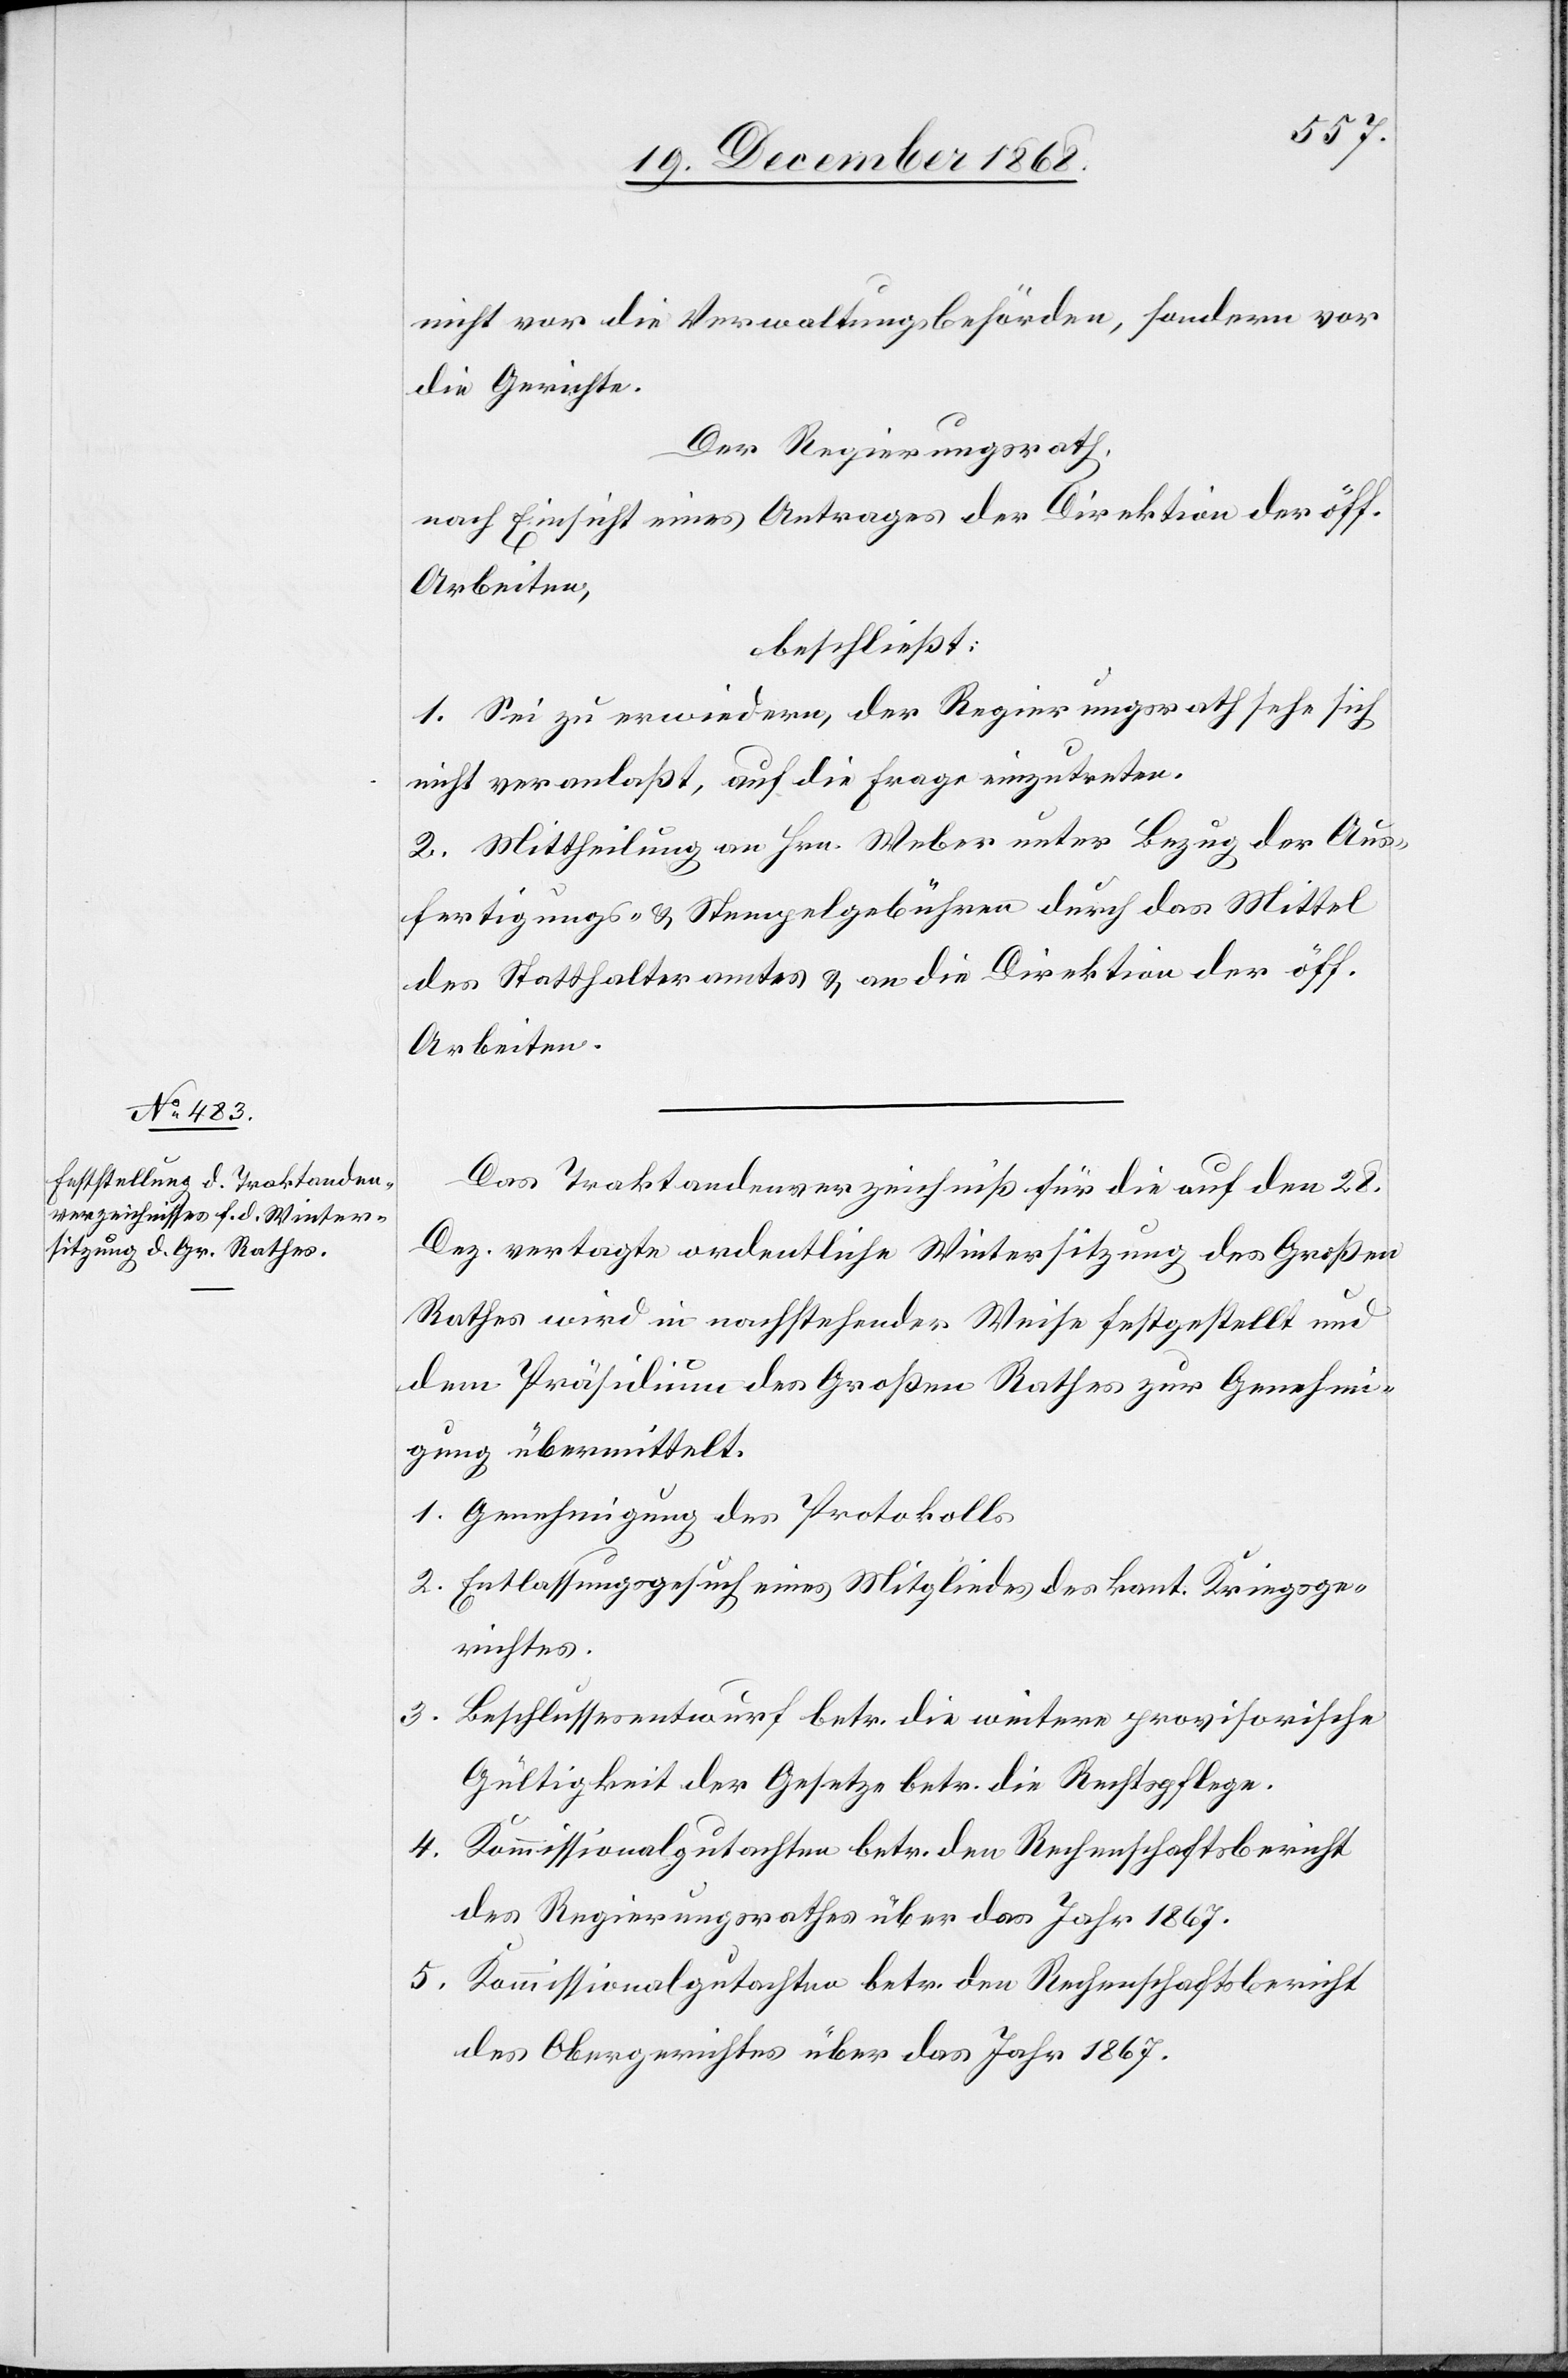
nicht vor die Verwaltungsbehörden, sondern vor
die Gerichte.
Der Regierungsrath,
nach Einsicht eines Antrages der Direktion der öff.
Arbeiten,
beschließt:
1. Sei zu erwiedern, der Regierungsrath sehe sich
nicht veranlaßt, auf die Frage einzutreten.
2. Mittheilung an Hrn. Weber unter Bezug der Aus¬
fertigungs- & Stempelgebühren durch das Mittel
des Statthalteramtes & an die Direktion der öff.
Arbeiten.
Das Traktandenverzeichniß für die auf den 28.
Dez. vertagte ordentliche Wintersitzung des Großen
Rathes wird in nachstehender Weise festgestellt und
dem Präsidium des Großen Rathes zur Genehmi¬
gung übermittelt.
Genehmigung des Protokolls
Entlassungsgesuch eines Mitgliedes des kant. Kriegsge¬
richtes.
5.
Beschlussesentwurf betr. die weitere provisorische
Gültigkeit der Gesetze betr. die Rechtspflege.
4.
Kommissionalgutachten betr. den Rechenschaftsbericht
des Regierungsrathes über das Jahr 1867.
des Obergerichtes über das Jahr 1867.